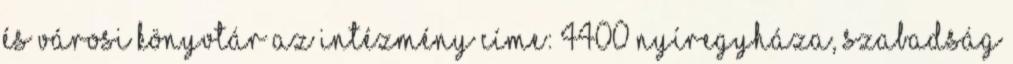
és Városi Könyvtár Az intézmény címe: 4400 Nyíregyháza, Szabadság